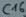
Text: C16